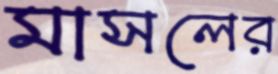
মাসলের